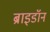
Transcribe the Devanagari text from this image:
ब्राइडॉन